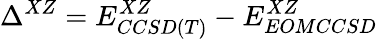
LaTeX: \Delta^{XZ}=E_{CCSD(T)}^{XZ}-E_{EOMCCSD}^{XZ}